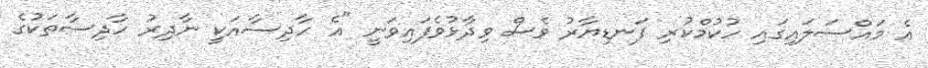
އެ މައްސަލައިގައި ހުކުމްކުރި ފަނޑިޔާރު ވެސް ވިދާޅުވެފައިވަނީ "އެ ހާދިސާއަކީ ނާދިރު ހާދިސާތަކުގެ